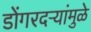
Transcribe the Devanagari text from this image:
डोंगरदऱ्यांमुळे